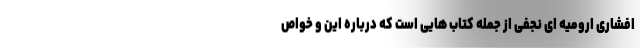
افشاری ارومیه ای نجفی از جمله کتاب هایی است که درباره این و خواص